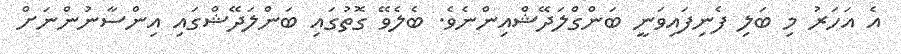
އެ އަހަރު މި ބަލި ފެނިފައިވަނީ ބަންގްލަދޭޝްއިންނެވެ. ބެލެވޭ ގޮތުގައި ބަންލަދޭޝްގައި އިންސާނުންނަށް